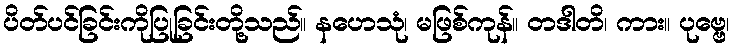
ပိတ်ပင်ခြင်းကိုပြုခြင်းတို့သည်။ နဟေသုံ၊ မဖြစ်ကုန်။ တဒါတိ၊ ကား။ ပုဗ္ဗေ၊